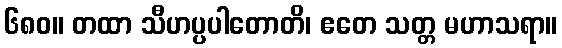
၆၈၀။ တထာ သီဟပ္ပပါတောတိ၊ ဧတေ သတ္တ မဟာသရာ။